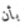
بأن